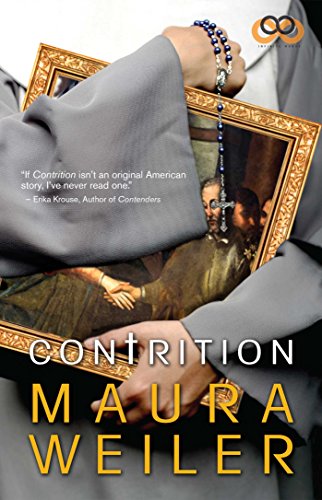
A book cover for Contrition; Maura Weiler; Literature & Fiction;